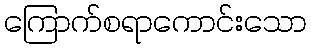
ကြောက်စရာကောင်းသော